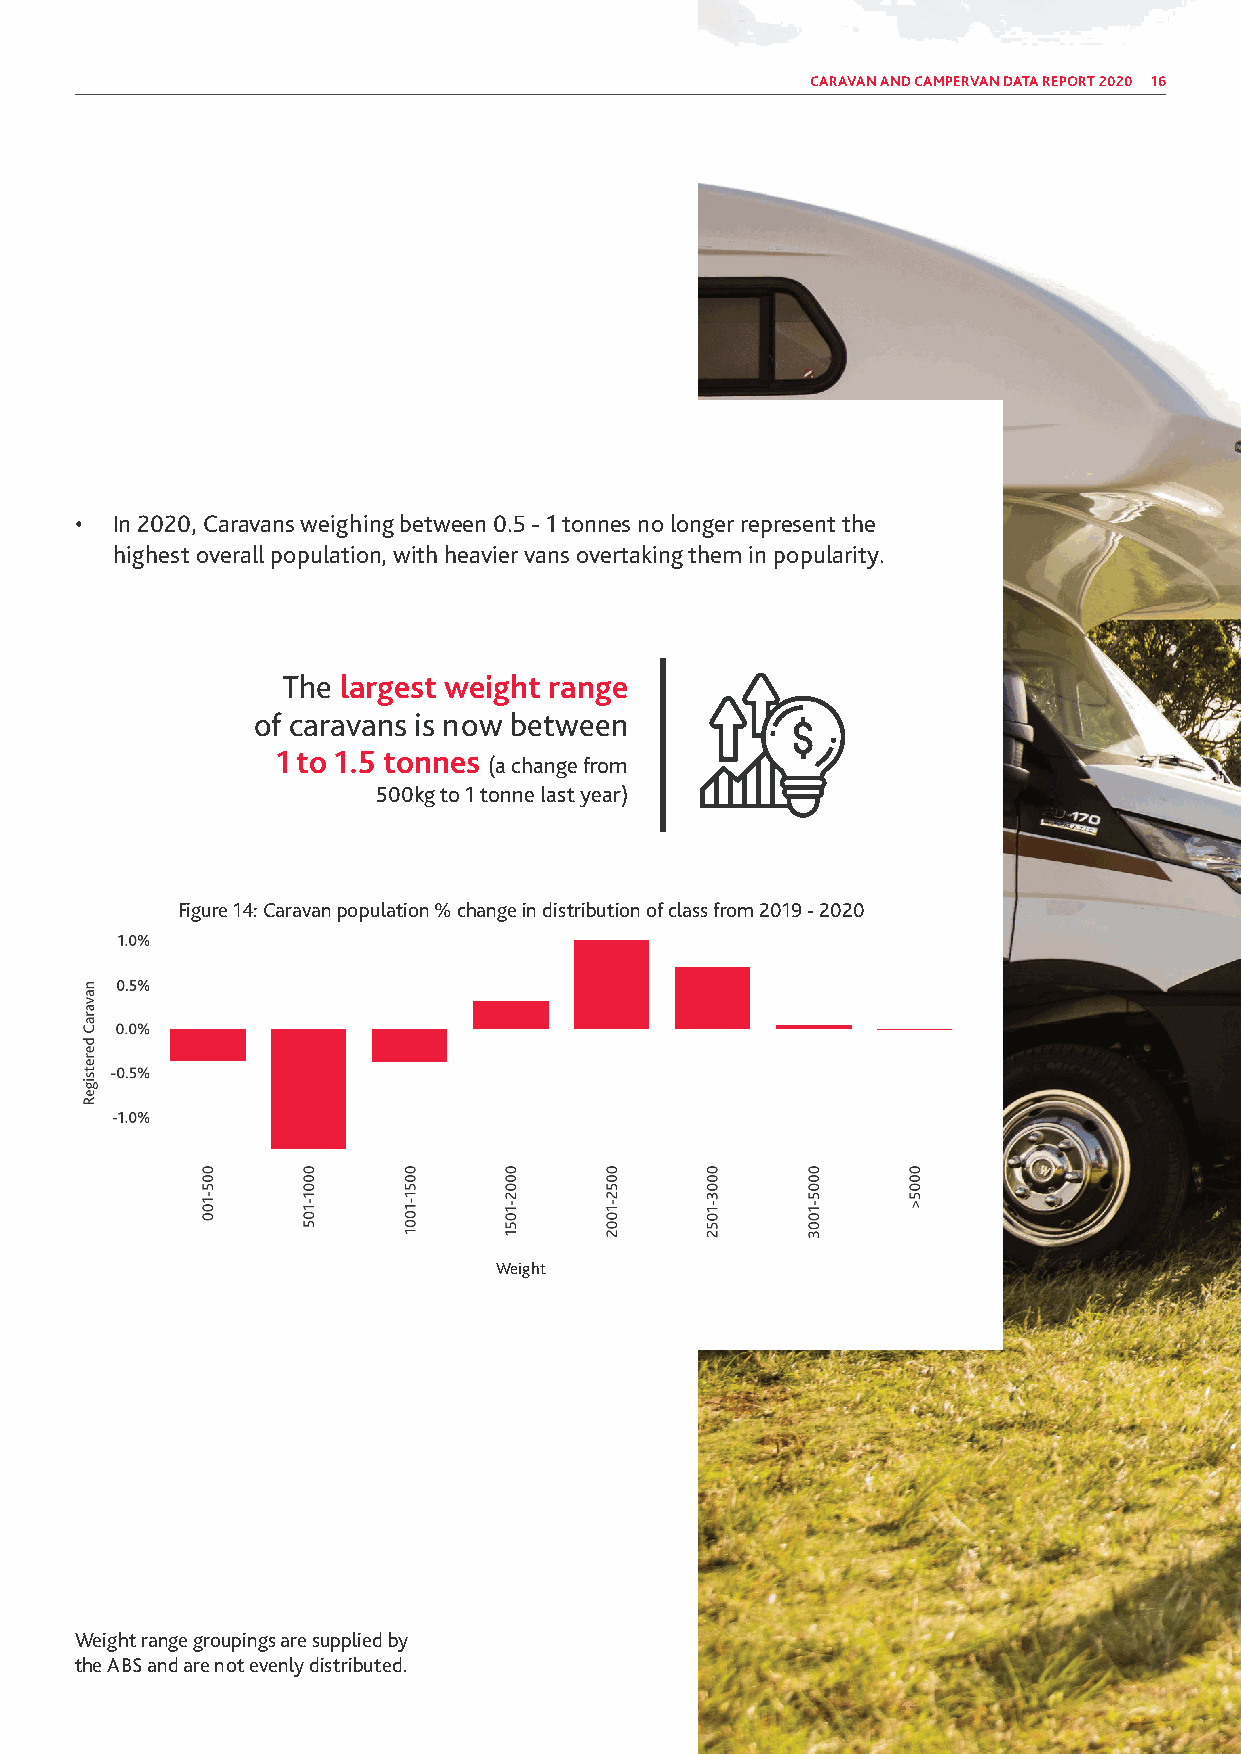
CARAVAN AND CAMPERVAN DATA REPORT 2020 16
 • In 2020, Caravans weighing between 0.5 - 1 tonnes no longer represent the
 highest overall population, with heavier vans overtaking them in popularity.
 The largest weight range
 of caravans is now between
 1 to 1.5 tonnes
 (a change from
 500kg to 1 tonne last year)
 Figure 14: Caravan population % change in distribution of class from 2019 - 2020
 Weight
 Weight range groupings are supplied by
 the ABS and are not evenly distributed.